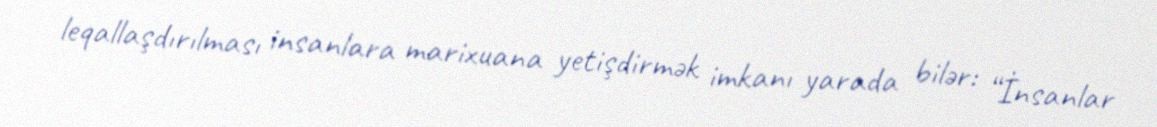
leqallaşdırılması insanlara marixuana yetişdirmək imkanı yarada bilər: “İnsanlar